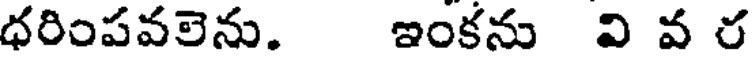
ధరింపవలెను. ఇంకను వి వ ర